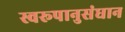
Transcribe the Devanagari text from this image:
स्वरूपानुसंधान